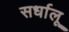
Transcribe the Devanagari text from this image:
सर्धालू